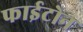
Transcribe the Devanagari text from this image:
फाईटोन